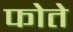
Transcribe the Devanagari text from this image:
फोते